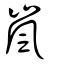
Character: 嵐